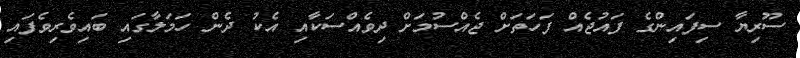
ސޫރިޔާ ސިފައިންގެ ފައުޖެއް ފަހަތަށް ޖެއްސުމަށް ދިވެއްސަކާއި އެކު ދެން ހަމަލާގައި ބައިވެރިވެފައި